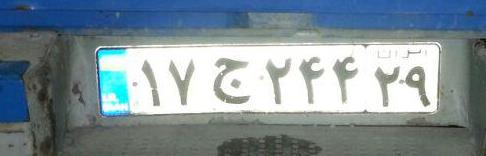
۱۷ج۲۴۴۲۹